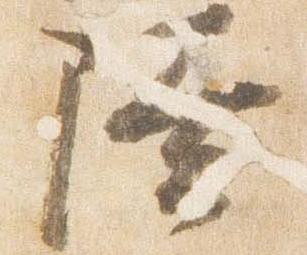
陸